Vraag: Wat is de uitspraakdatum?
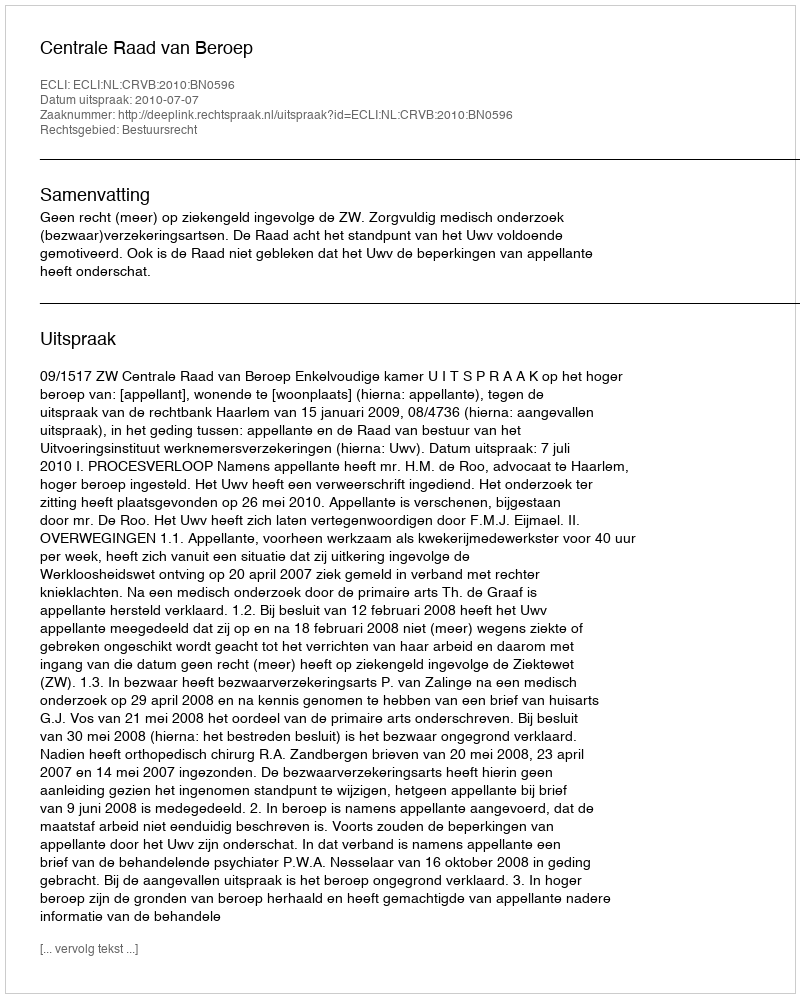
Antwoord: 2010-07-07